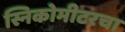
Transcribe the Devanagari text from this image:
स्निकोमीटरचा